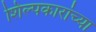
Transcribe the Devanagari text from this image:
शिल्पकारांच्या